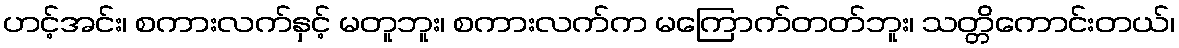
ဟင့်အင်း၊ စကားလက်နှင့် မတူဘူး၊ စကားလက်က မကြောက်တတ်ဘူး၊ သတ္တိကောင်းတယ်၊